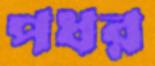
পধর